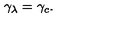
\gamma _ { \lambda } = \gamma _ { c } .